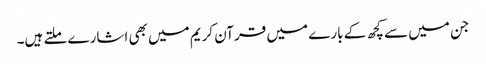
جن میں سے کچھ کے بارے میں قرآن کریم میں بھی اشارے ملتے ہیں۔